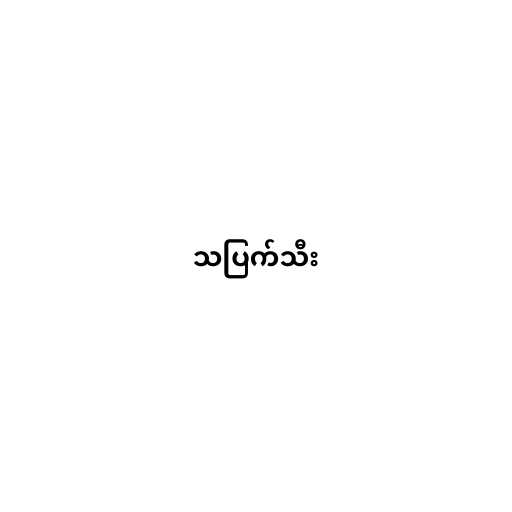
သပြက်သီး